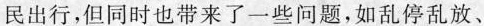
民出行，但同时也带来了一些问题，如乱停乱放、